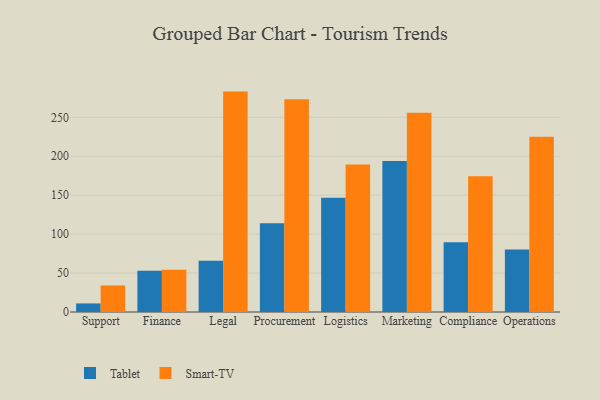
{"axis": {"x": "Department", "y": "Gross Profit (USD K)"}, "legend": ["Smart-TV", "Tablet"], "data": [{"x": "Support", "y": 11.0, "type": "Tablet"}, {"x": "Support", "y": 34.1, "type": "Smart-TV"}, {"x": "Finance", "y": 53.1, "type": "Tablet"}, {"x": "Finance", "y": 54.1, "type": "Smart-TV"}, {"x": "Legal", "y": 65.9, "type": "Tablet"}, {"x": "Legal", "y": 283.0, "type": "Smart-TV"}, {"x": "Procurement", "y": 114.0, "type": "Tablet"}, {"x": "Procurement", "y": 273.3, "type": "Smart-TV"}, {"x": "Logistics", "y": 146.6, "type": "Tablet"}, {"x": "Logistics", "y": 189.3, "type": "Smart-TV"}, {"x": "Marketing", "y": 193.9, "type": "Tablet"}, {"x": "Marketing", "y": 256.0, "type": "Smart-TV"}, {"x": "Compliance", "y": 89.7, "type": "Tablet"}, {"x": "Compliance", "y": 174.2, "type": "Smart-TV"}, {"x": "Operations", "y": 80.3, "type": "Tablet"}, {"x": "Operations", "y": 224.9, "type": "Smart-TV"}]}